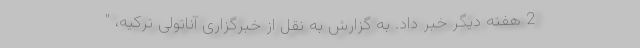
2 هفته دیگر خبر داد. به گزارش به نقل از خبرگزاری آناتولی ترکیه، "